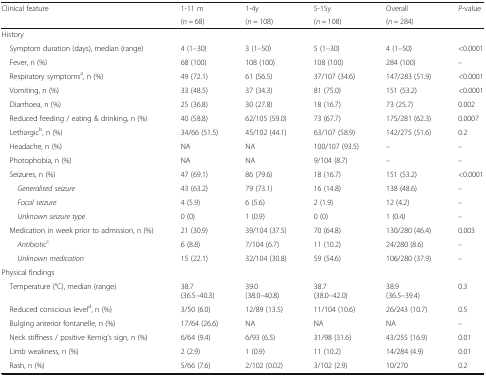
<table><thead><tr><td><b>Clinical feature</b></td><td><b>1-11 m</b></td><td><b>1-4y</b></td><td><b>5-15y</b></td><td><b>Overall</b></td><td><b><i>P</i>-value</b></td></tr><tr><td></td><td><b>(<i>n</i> = 68)</b></td><td><b>(<i>n</i> = 108)</b></td><td><b>(<i>n</i> = 108)</b></td><td><b>(<i>n</i> = 284)</b></td><td></td></tr></thead><tbody><tr><td colspan="6">History</td></tr><tr><td> Symptom duration (days), median (range)</td><td>4 (1–30)</td><td>3 (1–50)</td><td>5 (1–30)</td><td>4 (1–50)</td><td>&lt;0.0001</td></tr><tr><td> Fever, n (%)</td><td>68 (100)</td><td>108 (100)</td><td>108 (100)</td><td>284 (100)</td><td>–</td></tr><tr><td> Respiratory symptoms<sup>a</sup>, n (%)</td><td>49 (72.1)</td><td>61 (56.5)</td><td>37/107 (34.6)</td><td>147/283 (51.9)</td><td>&lt;0.0001</td></tr><tr><td> Vomiting, n (%)</td><td>33 (48.5)</td><td>37 (34.3)</td><td>81 (75.0)</td><td>151 (53.2)</td><td>&lt;0.0001</td></tr><tr><td> Diarrhoea, n (%)</td><td>25 (36.8)</td><td>30 (27.8)</td><td>18 (16.7)</td><td>73 (25.7)</td><td>0.002</td></tr><tr><td> Reduced feeding / eating &amp; drinking, n (%)</td><td>40 (58.8)</td><td>62/105 (59.0)</td><td>73 (67.7)</td><td>175/281 (62.3)</td><td>0.0007</td></tr><tr><td> Lethargic<sup>b</sup>, n (%)</td><td>34/66 (51.5)</td><td>45/102 (44.1)</td><td>63/107 (58.9)</td><td>142/275 (51.6)</td><td>0.2</td></tr><tr><td> Headache, n (%)</td><td>NA</td><td>NA</td><td>100/107 (93.5)</td><td>–</td><td>–</td></tr><tr><td> Photophobia, n (%)</td><td>NA</td><td>NA</td><td>9/104 (8.7)</td><td>–</td><td>–</td></tr><tr><td> Seizures, n (%)</td><td>47 (69.1)</td><td>86 (79.6)</td><td>18 (16.7)</td><td>151 (53.2)</td><td>&lt;0.0001</td></tr><tr><td><i>Generalised seizure</i></td><td>43 (63.2)</td><td>79 (73.1)</td><td>16 (14.8)</td><td>138 (48.6)</td><td>–</td></tr><tr><td><i>Focal seizure</i></td><td>4 (5.9)</td><td>6 (5.6)</td><td>2 (1.9)</td><td>12 (4.2)</td><td>–</td></tr><tr><td><i>Unknown seizure type</i></td><td>0 (0)</td><td>1 (0.9)</td><td>0 (0)</td><td>1 (0.4)</td><td>–</td></tr><tr><td> Medication in week prior to admission, n (%)</td><td>21 (30.9)</td><td>39/104 (37.5)</td><td>70 (64.8)</td><td>130/280 (46.4)</td><td>0.003</td></tr><tr><td> <i> Antibiotic</i><sup>c</sup></td><td>6 (8.8)</td><td>7/104 (6.7)</td><td>11 (10.2)</td><td>24/280 (8.6)</td><td>–</td></tr><tr><td><i>Unknown medication</i></td><td>15 (22.1)</td><td>32/104 (30.8)</td><td>59 (54.6)</td><td>106/280 (37.9)</td><td>–</td></tr><tr><td colspan="6">Physical findings</td></tr><tr><td> Temperature (°C), median (range)</td><td>38.7(36.5–40.3)</td><td>39.0(38.0–40.8)</td><td>38.7(38.0–42.0)</td><td>38.9(36.5–39.4)</td><td>0.3</td></tr><tr><td> Reduced conscious level<sup>d</sup>, n (%)</td><td>3/50 (6.0)</td><td>12/89 (13.5)</td><td>11/104 (10.6)</td><td>26/243 (10.7)</td><td>0.5</td></tr><tr><td> Bulging anterior fontanelle, n (%)</td><td>17/64 (26.6)</td><td>NA</td><td>NA</td><td>NA</td><td>–</td></tr><tr><td> Neck stiffness / positive Kernig’s sign, n (%)</td><td>6/64 (9.4)</td><td>6/93 (6.5)</td><td>31/98 (31.6)</td><td>43/255 (16.9)</td><td>0.01</td></tr><tr><td> Limb weakness, n (%)</td><td>2 (2.9)</td><td>1 (0.9)</td><td>11 (10.2)</td><td>14/284 (4.9)</td><td>0.01</td></tr><tr><td> Rash, n (%)</td><td>5/66 (7.6)</td><td>2/102 (0.02)</td><td>3/102 (2.9)</td><td>10/270</td><td>0.2</td></tr></tbody></table>